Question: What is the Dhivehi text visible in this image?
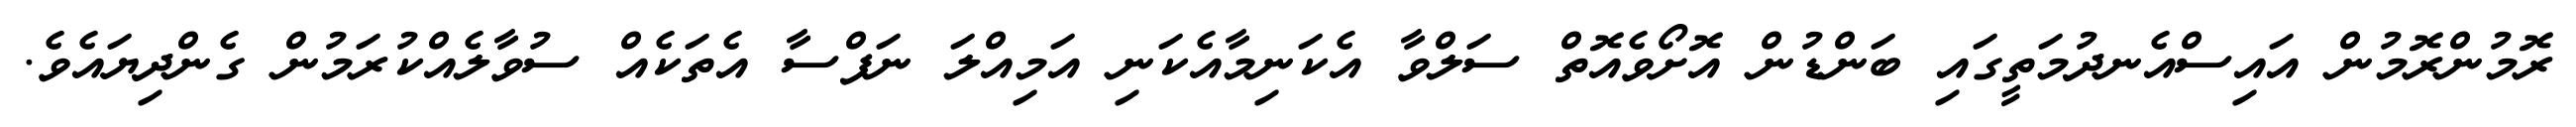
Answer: ރޮމުންރޮމުން އައިސްއެނދުމަތީގައި ބަންޑުން އޮށޯވެއޮތް ސަލްވާ އެކަނިމާއެކަނި އަމިއްލަ ނަފްސާ އެތަކެއް ސުވާލެއްކުރަމުން ގެންދިޔައެވެ.